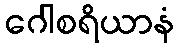
ဂေါစရိယာနံ